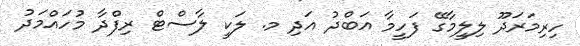
ހިރިމަރަދޫ ލިލީމާގޭ ފަހީމާ އަބްދު އަދި މ. ލަކީ ލާސްޓް ރިފްދާ މުހައްމަދު